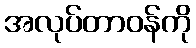
အလုပ်တာဝန်ကို